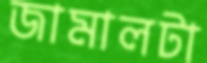
জামালটা